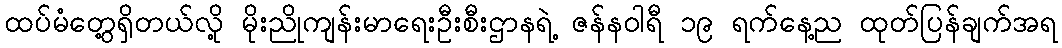
ထပ်မံတွေ့ရှိတယ်လို့ မိုးညိုကျန်းမာရေးဦးစီးဌာနရဲ့ ဇန်နဝါရီ ၁၉ ရက်နေ့ည ထုတ်ပြန်ချက်အရ